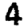
Digit: 4